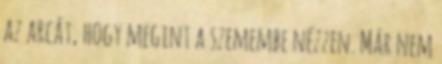
az arcát, hogy megint a szemembe nézzen. Már nem